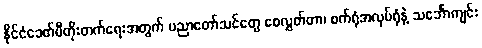
နိုင်ငံခေတ်မီတိုးတက်ရေးအတွက် ပညာတော်သင်တွေ စေလွှတ်တာ၊ စက်ရုံအလုပ်ရုံနဲ့ သင်္ဘောကျင်း